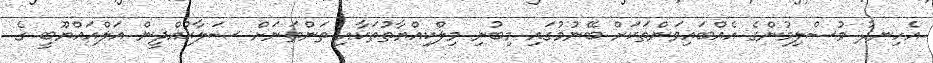
އެހިނދު މުސްލިމުންގެ އެއްބައިވަންތަކަށް ބޭނުމުގައި މިބުނި މިލްކިއްޔާތުތަކާއި ތަންތަނަށް ޞަލާޙުއްދީން އަލްއައްޔޫބީ ގެ